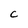
Character: c